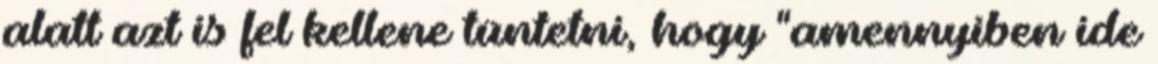
alatt azt is fel kellene tüntetni, hogy "amennyiben ide